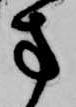
方